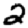
Digit: 2